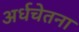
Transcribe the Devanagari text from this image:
अर्धचेतना